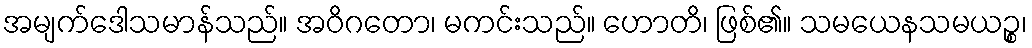
အမျက်ဒေါသမာန်သည်။ အဝိဂတော၊ မကင်းသည်။ ဟောတိ၊ ဖြစ်၏။ သမယေနသမယဉ္စ၊